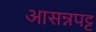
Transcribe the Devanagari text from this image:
आसन्नपट्ट